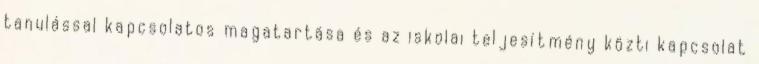
tanulással kapcsolatos magatartása és az iskolai teljesítmény közti kapcsolat